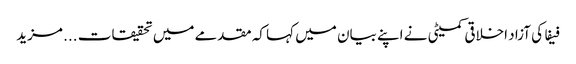
فیفا کی آزاد اخلاقی کمیٹی نے اپنے بیان میں کہا کہ مقدمے میں تحقیقات ... مزید